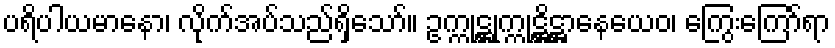
ပရိပါယမာနော၊ လိုက်အပ်သည်ရှိသော်။ ဥက္ကုဋ္ဌုက္ကုဋ္ဌိဋ္ဌာနေယေဝ၊ ကြွေးကြော်ရာ